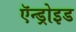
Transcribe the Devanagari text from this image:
ऍन्ड्रोइड